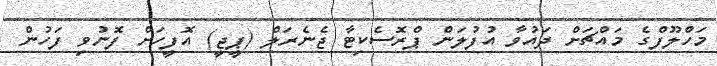
މަހްލޫފްގެ މައްޗަށް ދައުވާ އުފުލަން ޕްރޮސެކިޓާ ޖެނެރަލް (ޕީޖީ) އޮފީހަށް ފޮނުވި ފަހުން